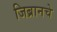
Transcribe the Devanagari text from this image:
जिब्रानचे